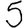
Digit: 5